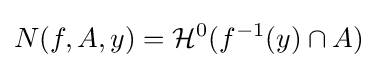
N(f,A,y)={\mathcal {H}}^{0}(f^{-1}(y)\cap A)